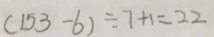
( 1 5 3 - 6 ) \div 7 + 1 = 2 2